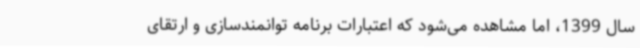
سال 1399، اما مشاهده می‌شود که اعتبارات برنامه توانمندسازی و ارتقای